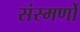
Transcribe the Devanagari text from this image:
संस्मर्णो